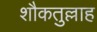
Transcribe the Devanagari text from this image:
शौकतुल्लाह